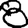
Digit: 8